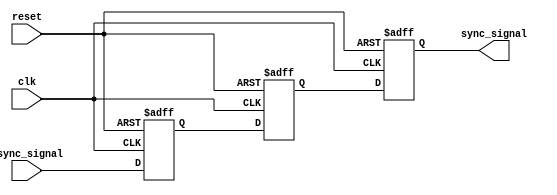
module triple_ff_synchronizer (
    input wire clk,              // Clock signal
    input wire async_signal,     // Asynchronous input signal
    input wire reset,            // Optional reset signal
    output reg sync_signal       // Synchronized output signal
);

    // Intermediate signals for the flip-flops
    reg sync_signal_1;
    reg sync_signal_2;

    // Sequential logic for the triple flip-flop synchronizer
    always @(posedge clk or posedge reset) begin
        if (reset) begin
            // Reset the synchronized signal
            sync_signal <= 1'b0;
            sync_signal_1 <= 1'b0;
            sync_signal_2 <= 1'b0;
        end else begin
            // Capture the asynchronous signal in the first flip-flop
            sync_signal_1 <= async_signal;
            // Capture the output of the first flip-flop in the second flip-flop
            sync_signal_2 <= sync_signal_1;
            // Capture the output of the second flip-flop as the final synchronized signal
            sync_signal <= sync_signal_2;
        end
    end

endmodule